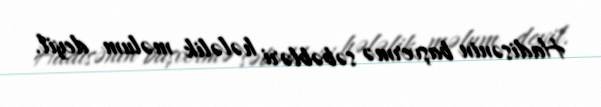
Hadisənin başvermə səbəbləri hələlik məlum deyil.